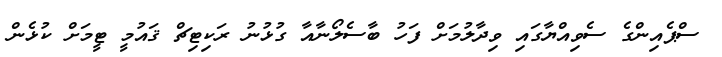
ސްޕެއިންގެ ސެވިއްޔާގައި ވިދާލުމަށް ފަހު ބާސެލޯނާއާ ގުުޅުނު ރަކިޓިޗް ޤައުމީ ޓީމަށް ކުޅެން